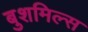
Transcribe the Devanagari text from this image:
बुशमिल्स